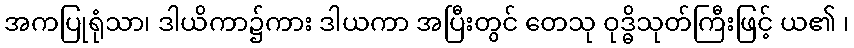
အကပြုရုံသာ၊ ဒါယိကာ၌ကား ဒါယကာ အပြီးတွင် တေသု ဝုဒ္ဓိသုတ်ကြီးဖြင့် ယ၏ ၊